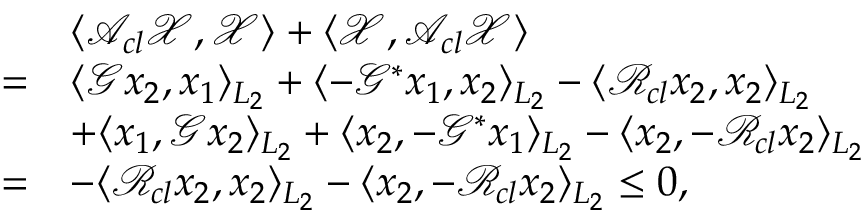
\begin{array} { r l } & { \langle \mathcal { A } _ { c l } \mathcal { X } , \mathcal { X } \rangle + \langle \mathcal { X } , \mathcal { A } _ { c l } \mathcal { X } \rangle } \\ { = } & { \langle \mathcal { G } x _ { 2 } , x _ { 1 } \rangle _ { L _ { 2 } } + \langle - \mathcal { G } ^ { * } x _ { 1 } , x _ { 2 } \rangle _ { L _ { 2 } } - \langle \mathcal { R } _ { c l } x _ { 2 } , x _ { 2 } \rangle _ { L _ { 2 } } } \\ & { + \langle x _ { 1 } , \mathcal { G } x _ { 2 } \rangle _ { L _ { 2 } } + \langle x _ { 2 } , - \mathcal { G } ^ { * } x _ { 1 } \rangle _ { L _ { 2 } } - \langle x _ { 2 } , - \mathcal { R } _ { c l } x _ { 2 } \rangle _ { L _ { 2 } } } \\ { = } & { - \langle \mathcal { R } _ { c l } x _ { 2 } , x _ { 2 } \rangle _ { L _ { 2 } } - \langle x _ { 2 } , - \mathcal { R } _ { c l } x _ { 2 } \rangle _ { L _ { 2 } } \leq 0 , } \end{array}